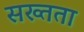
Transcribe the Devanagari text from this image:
सख्तता